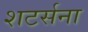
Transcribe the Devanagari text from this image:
शटर्सना